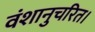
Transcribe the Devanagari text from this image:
वंशानुचरित।